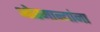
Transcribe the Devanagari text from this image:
ओस्मान्यांना